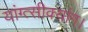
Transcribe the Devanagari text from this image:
यांग्त्सीक्यांग।